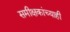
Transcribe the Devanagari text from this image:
समीक्षकांच्याही